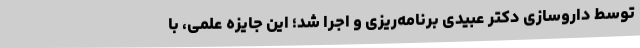
توسط داروسازی دکتر عبیدی برنامه‌ریزی و اجرا شد؛ این جایزه علمی، با